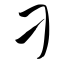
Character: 刁